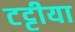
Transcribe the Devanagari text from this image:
टट्टीया